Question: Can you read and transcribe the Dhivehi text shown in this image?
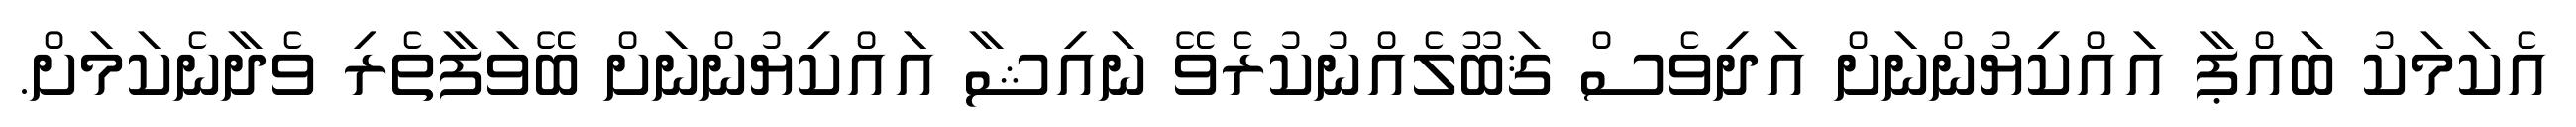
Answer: އެކަމަކު ބައްޕާ އައްކިޔުންނަށް އަދިވެސް ޤަބޫލެއްނުކުރެވޭ ނައިޝާ އައްކިޔުންނަށް ބޭވަފާތެރި ވެދާނެކަމަށް.